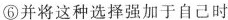
⑥并将这种选择强加于自己时